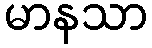
မာနသာ